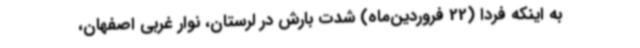
به اینکه فردا (22 فروردین‌ماه) شدت بارش در لرستان، نوار غربی اصفهان،